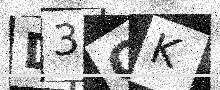
Text: D3CK